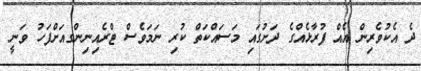
ދެ އެކުވެރިން އެއް ފުރާޅެއްގެ ދަށުގައި މަސައްކަތް ކުރި ނަމަވެސް ޓްރެއިނިންގއަށްފަހު ވަނީ